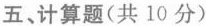
五、计算题(共10分)